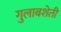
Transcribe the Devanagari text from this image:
गुलाबशेती